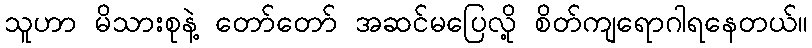
သူဟာ မိသားစုနဲ့ တော်တော် အဆင်မပြေလို့ စိတ်ကျရောဂါရနေတယ်။